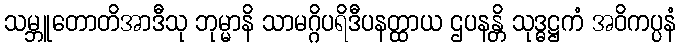
သမ္ဘူတောတိအာဒီသု ဘုမ္မာနိ သာမဂ္ဂိပရိဒီပနတ္ထာယ ဌပနန္တိ သုဒ္ဓဋ္ဌကံ အဝိကပ္ပနံ